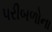
પરીબળોના